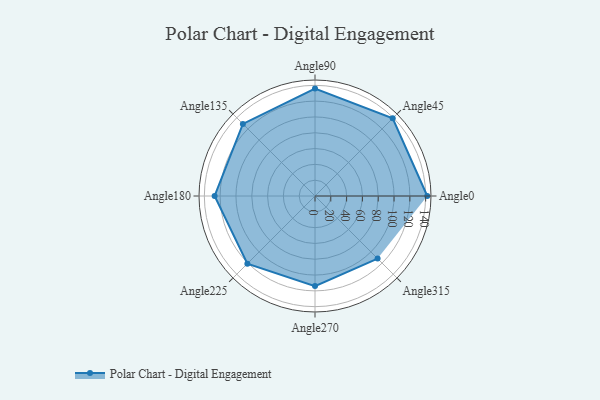
{"axis": {"x": "Angle", "y": "Radius"}, "legend": [""], "data": [{"x": "Angle0", "y": 142.0, "type": ""}, {"x": "Angle45", "y": 139.0, "type": ""}, {"x": "Angle90", "y": 136.0, "type": ""}, {"x": "Angle135", "y": 129.0, "type": ""}, {"x": "Angle180", "y": 127.0, "type": ""}, {"x": "Angle225", "y": 121.0, "type": ""}, {"x": "Angle270", "y": 114.0, "type": ""}, {"x": "Angle315", "y": 112.0, "type": ""}]}